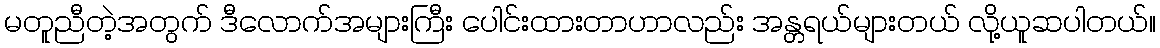
မတူညီတဲ့အတွက် ဒီလောက်အများကြီး ပေါင်းထားတာဟာလည်း အန္တရယ်များတယ် လို့ယူဆပါတယ်။